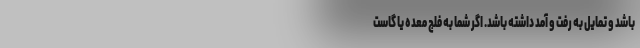
باشد و تمایل به رفت و آمد داشته باشد. اگر شما به فلج معده یا گاست